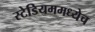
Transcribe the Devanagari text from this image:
स्टेडियममध्येच